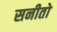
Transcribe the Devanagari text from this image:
सनीतो